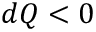
d Q < 0